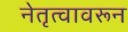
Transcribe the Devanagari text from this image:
नेतृत्वावरून